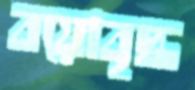
বয়োবৃদ্ধ